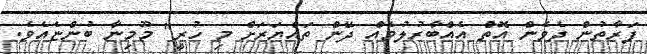
ފަރާތުން ދެވެން އޮތް އެއްބާރުލުމެއް ދޭން ތައްޔަރަށް މި ހުރީ" މޫމިނާ ބުންޏެއެވެ.